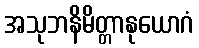
အသုဘနိမိတ္တာနုယောဂံ